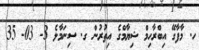
ހ. މާފާގޭ އިބްރާހިމް ޝިޔާމްގެ އިތުރުން ގ. ސިނަމާލެ 3- 03- 35